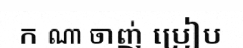
ក ណា ចាញ់ ប្រៀប